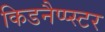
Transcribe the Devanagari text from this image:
किडनैप्प्स्टर